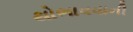
થોભાવવાની